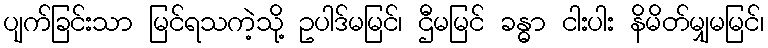
ပျက်ခြင်းသာ မြင်ရသကဲ့သို့ ဥပါဒ်မမြင်၊ ဌီမမြင် ခန္ဓာ ငါးပါး နိမိတ်မျှမမြင်၊